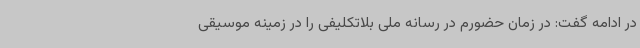
در ادامه گفت: در زمان حضورم در رسانه ملی بلاتکلیفی را در زمینه موسیقی